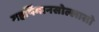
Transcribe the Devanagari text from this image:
महर्षिमानसोल्लासो